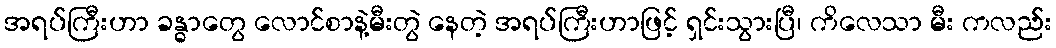
အရပ်ကြီးဟာ ခန္ဓာတွေ လောင်စာနဲ့မီးတွဲ နေတဲ့ အရပ်ကြီးဟာဖြင့် ရှင်းသွားပြီ၊ ကိလေသာ မီး ကလည်း